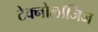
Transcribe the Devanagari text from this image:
टेक्नोलॉजिज